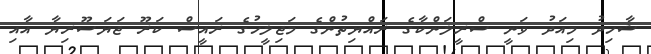
ޝާހިދު މިއަދު ވަނީ ސްރީލަންކާގެ ރައްޔިތުންގެ މަޖިލީހުގެ ރައީސް ކަރޫ ޖަޔަސޫރިޔާ އާއި